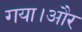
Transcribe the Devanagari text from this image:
गया।और